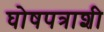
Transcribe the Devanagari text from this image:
घोषपत्राशी